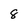
Character: 8